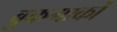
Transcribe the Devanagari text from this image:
बुकमार्कों